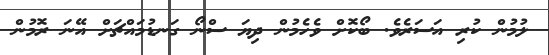
ލުމުން ކުރި އަސަރެވެ. ބޯކޮށް ވެހެމުން ދިޔަ ސްނޯ ގަނޑުމައްޗަށް އޭނަ ރޮމުން